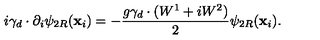
i \gamma _ { d } \cdot \partial _ { i } \psi _ { 2 R } ( \mathbf { x } _ { i } ) = - \frac { g \gamma _ { d } \cdot ( W ^ { 1 } + i W ^ { 2 } ) } { 2 } \psi _ { 2 R } ( \mathbf { x } _ { i } ) .